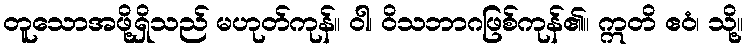
တူသောအဖို့ရှိသည် မဟုတ်ကုန်။ ဝါ၊ ဝိသဘာဂဖြစ်ကုန်၏။ ဣတိ ဧဝံ၊ သို့။